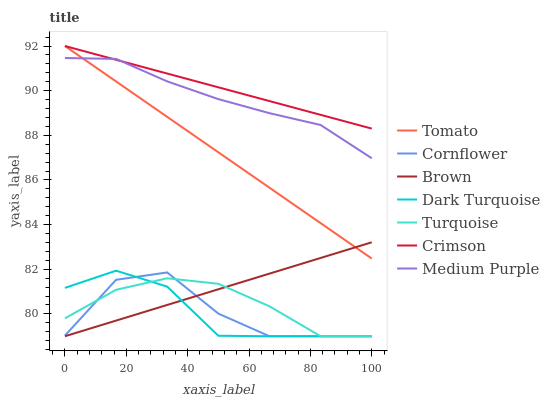
| xaxis_label | Tomato | Cornflower | Brown | Dark Turquoise | Turquoise | Crimson | Medium Purple |
 | --- | --- | --- | --- | --- | --- | --- | --- |
 | 0 | 92 | 79 | 79 | 81.2 | 79.8 | 92 | 91.5 |
 | 16.7 | 90.4 | 81.5 | 79.7 | 81.9 | 81.1 | 91.4 | 91.4 |
 | 33.3 | 88.8 | 81.9 | 80.4 | 81.2 | 81.6 | 90.8 | 90.4 |
 | 50 | 87.2 | 80 | 81.1 | 79 | 81.3 | 90.2 | 89.6 |
 | 66.7 | 85.7 | 79 | 81.8 | 79 | 80.3 | 89.5 | 89 |
 | 83.3 | 84.1 | 79 | 82.5 | 79 | 79 | 88.9 | 88.5 |
 | 100 | 82.5 | 79 | 83.2 | 79 | 79 | 88.3 | 87 |